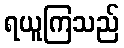
ရယူကြသည်